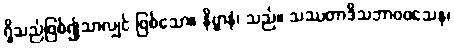
ရှိသည်ဖြစ်၍သာလျှင် ဖြစ်သော။ နိဗ္ဗာနံ၊ သည်။ သဿတာဒိသဘာဝဝသေန၊